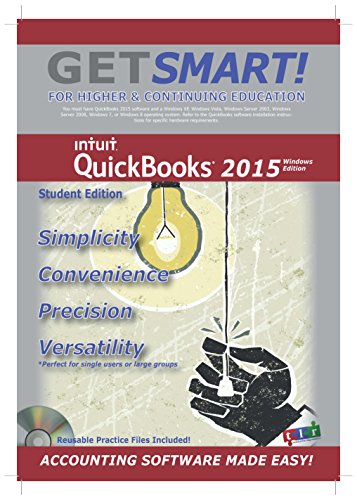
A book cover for Get Smart with QuickBooks 2015 - Student (Now including 160 day free trial of QuickBooks software); Inc. Technical Learning Resources; Computers & Technology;